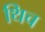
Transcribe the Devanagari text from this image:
थिच